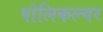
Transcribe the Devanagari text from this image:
पोलिकल्चर